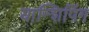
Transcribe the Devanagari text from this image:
यान्शिपिंग